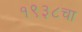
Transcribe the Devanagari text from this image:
१९३८चा